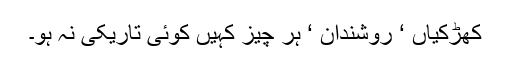
کھڑکیاں ‘ روشندان ‘ ہر چیز کہیں کوئی تاریکی نہ ہو۔